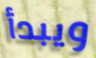
ويبدأ